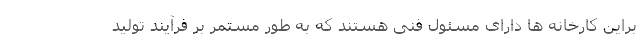
براین کارخانه ها دارای مسئول فنی هستند که به طور مستمر بر فرآیند تولید